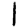
Digit: 1